Vaccine operations Central Provinces & Berar 1912-1920 - 1912-1920
Year: 1912
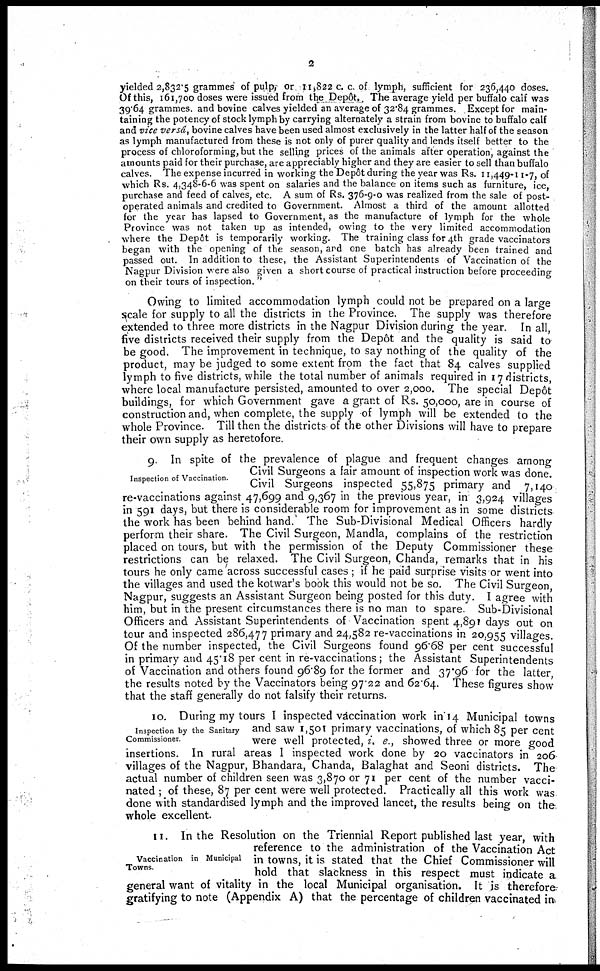
2
yielded 2,832.5 grammes of pulp or 11,822 c. c. of lymph, sufficient for 236,440 doses.
Of this, 161,700 doses were issued from the Depôt. The average yield per buffalo calf was
39.64 grammes. and bovine calves yielded an average of 32.84 grammes. Except for main-
taining the potency of stock lymph by carrying alternately a strain from bovine to buffalo calf
and vice versâ, bovine calves have been used almost exclusively in the latter half of the season
as lymph manufactured from these is not only of purer quality and lends itself better to the
process of chloroforming, but the selling prices of the animals after operation, against the
amounts paid for their purchase, are appreciably higher and they are easier to sell than buffalo
calves. The expense incurred in working the Depôt during the year was Rs. 11,449-11-7, of
which Rs. 4,348-6-6 was spent on salaries and the balance on items such as furniture, ice,
purchase and feed of calves, etc. A sum of Rs. 376-9-0 was realized from the sale of post-
operated animals and credited to Government. Almost a third of the amount allotted
for the year has lapsed to Government, as the manufacture of lymph for the whole
Province was not taken up as intended, owing to the very limited accommodation
where the Depôt is temporarily working. The training class for 4th grade vaccinators
began with the opening of the season, and one batch has already been trained and
passed out. In addition to these, the Assistant Superintendents of Vaccination of the
Nagpur Division were also given a short course of practical instruction before proceeding
on their tours of inspection. "
Owing to limited accommodation lymph could not be prepared on a large
scale for supply to all the districts in the Province. The supply was therefore
extended to three more districts in the Nagpur Division during the year. In all,
five districts received their supply from the Depôt and the quality is said to
be good. The improvement in technique, to say nothing of the quality of the
product, may be judged to some extent from the fact that 84 calves supplied
lymph to five districts, while the total number of animals required in 17 districts,
where local manufacture persisted, amounted to over 2,000. The special Depôt
buildings, for which Government gave a grant of Rs. 50,000, are in course of
construction and, when complete, the supply of lymph will be extended to the
whole Province. Till then the districts of the other Divisions will have to prepare
their own supply as heretofore.
Inspection of Vaccination.
9. In spite of the prevalence of plague and frequent changes among
Civil Surgeons a fair amount of inspection work was done.
Civil Surgeons inspected 55,875 primary and 7,140
re-vaccinations against 47,699 and 9,367 in the previous year, in 3,924 villages
in 591 days, but there is considerable room for improvement as in some districts
the work has been behind hand. The Sub-Divisional Medical Officers hardly
perform their share. The Civil Surgeon, Mandla, complains of the restriction
placed on tours, but with the permission of the Deputy Commissioner these
restrictions can be relaxed. The Civil Surgeon, Chanda, remarks that in his
tours he only came across successful cases ; if he paid surprise visits or went into
the villages and used the kotwar's book this would not be so. The Civil Surgeon
Nagpur, suggests an Assistant Surgeon being posted for this duty. I agree with
him, but in the present circumstances there is no man to spare. Sub-Divisional
Officers and Assistant Superintendents of Vaccination spent 4,891 days out on
tour and inspected 286,477 primary and 24,582 re-vaccinations in 20,955 villages.
Of the number inspected, the Civil Surgeons found 96.68 per cent successful
in primary and 45.18 per cent in re-vaccinations; the Assistant Superintendents
of Vaccination and others found 96.89 for the former and 37.96 for the latter
the results noted by the Vaccinators being 97.22 and 62.64. These figures show
that the staff generally do not falsify their returns.
Inspection by the Sanitary
Commissioner.
10. During my tours I inspected vaccination work in 14 Municipal towns
and saw 1,501 primary vaccinations, of which 85 per cent
were well protected, i. e., showed three or more good
insertions. In rural areas I inspected work done by 20 vaccinators in 206
villages of the Nagpur, Bhandara, Chanda, Balaghat and Seoni districts. The
actual number of children seen was 3,870 or 71 per cent of the number vacci-
nated ; of these, 87 per cent were well protected. Practically all this work was
done with standardised lymph and the improved lancet, the results being on the
whole excellent.
Vaccination in Municipal
Towns.
11. In the Resolution on the Triennial Report published last year, with
reference to the administration of the Vaccination Act
in towns, it is stated that the Chief Commissioner will
hold that slackness in this respect must indicate a
general want of vitality in the local Municipal organisation. It is therefore
gratifying to note (Appendix A) that the percentage of children vaccinated in